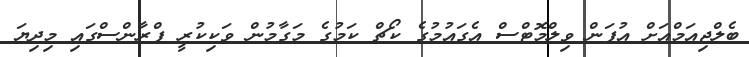
ބެލްޖިއަމްއަށް އުފަން ވިލްމޮޓްސް އެގައުމުގެ ކޯޗް ކަމުގެ މަގާމުން ވަކިކުރީ ފްރާންސްގައި މިދިޔަ